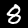
Label: 8